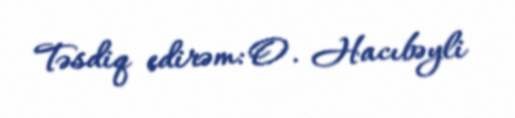
Təsdiq edirəm: O. Hacıbəyli